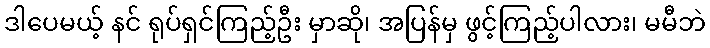
ဒါပေမယ့် နင် ရုပ်ရှင်ကြည့်ဦး မှာဆို၊ အပြန်မှ ဖွင့်ကြည့်ပါလား၊ မမီဘဲ